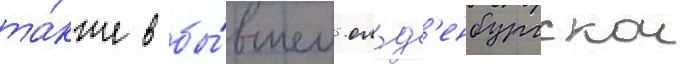
та́кже в бы́вшем ольд'енбургскои